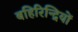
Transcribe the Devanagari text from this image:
बहिरिन्द्रियों